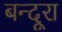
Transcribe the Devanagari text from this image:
बन्दूरा